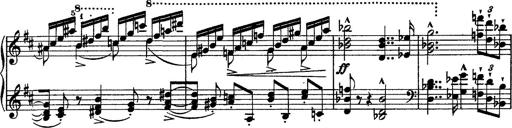
Title: Piano Sonata
Composer: Karl HÃ¤ssler
Key: C major